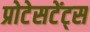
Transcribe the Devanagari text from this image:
प्रोटेसटेंट्स